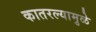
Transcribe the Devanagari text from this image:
कातरल्यामुळे